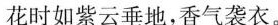
花时如紫云垂地，香气袭衣。